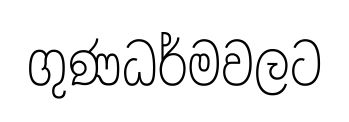
ගුණධර්මවලට